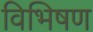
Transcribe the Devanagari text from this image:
विभिषण